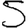
Digit: 5